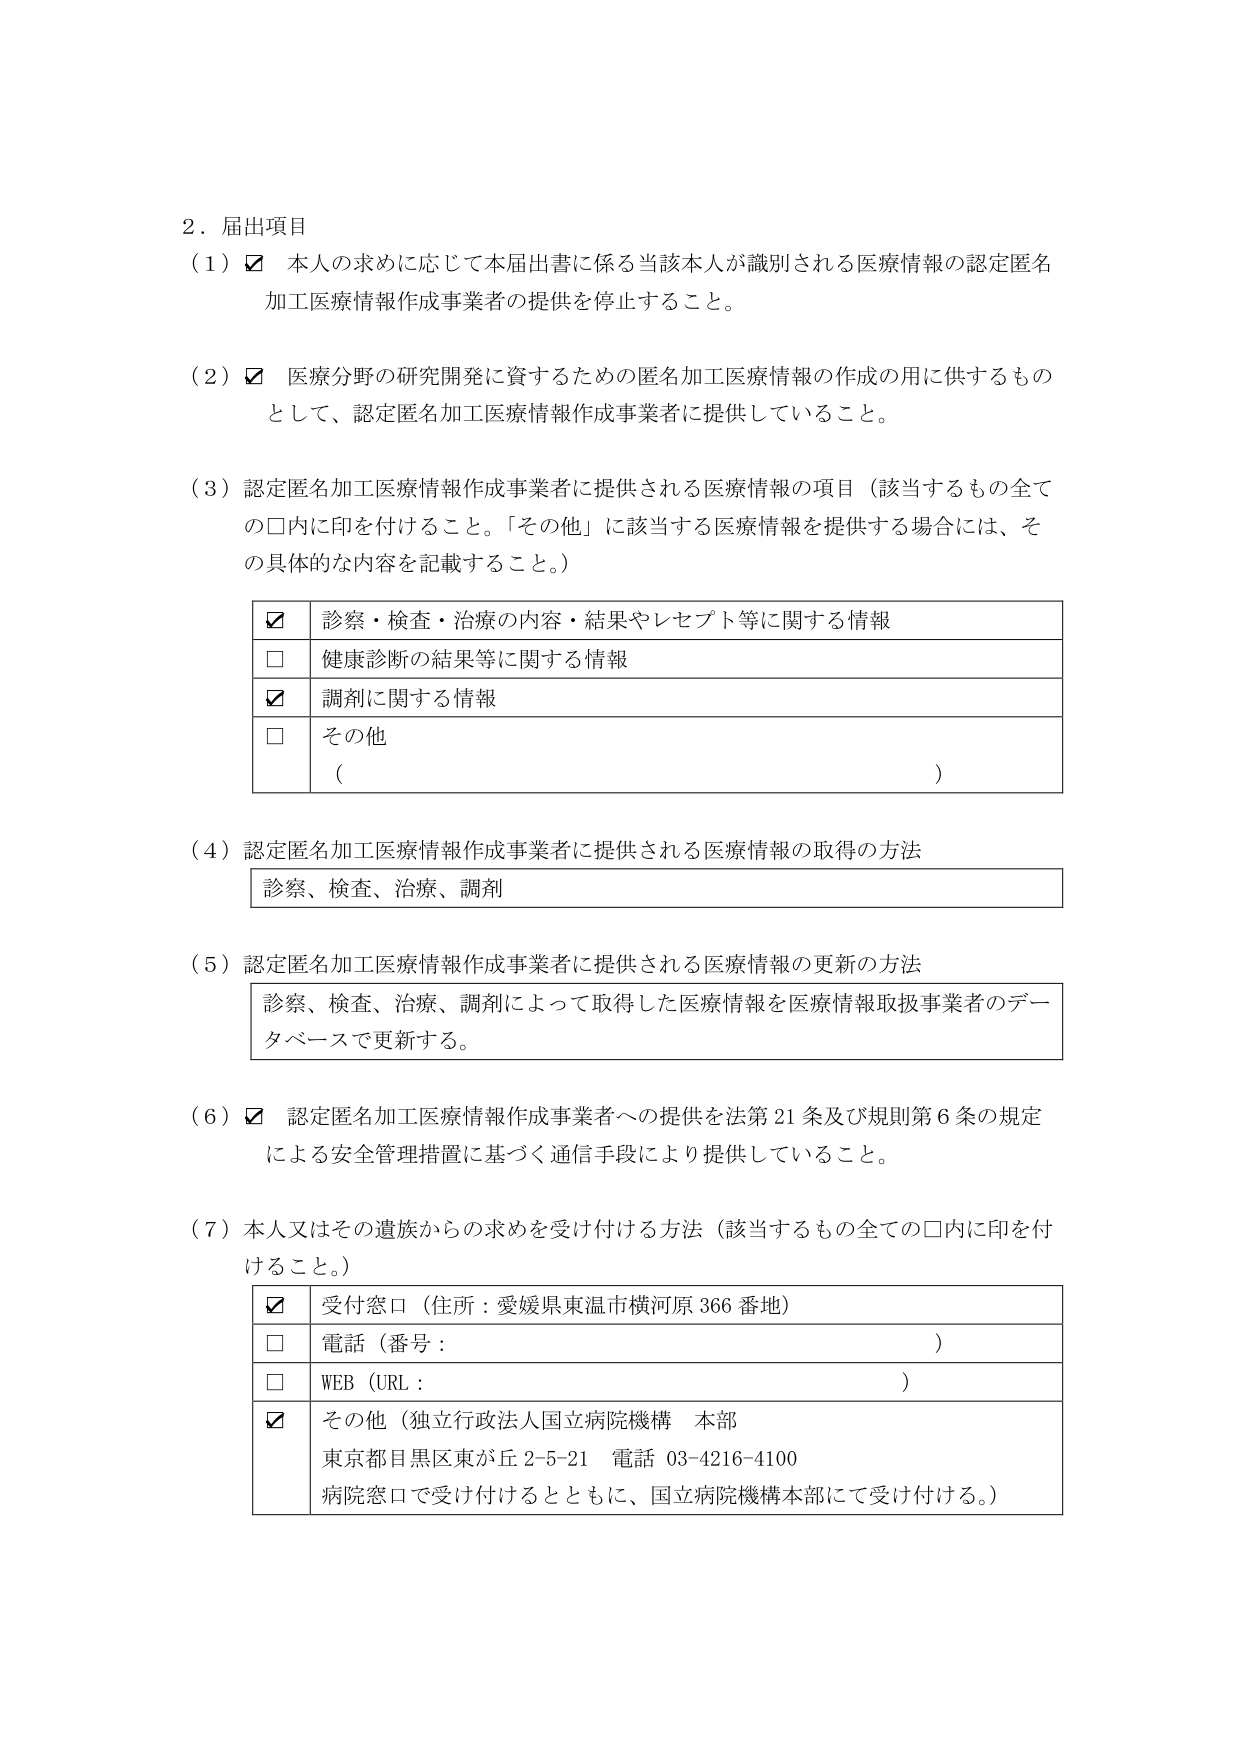
2．届出項目
（1）☑ 本人の求めに応じて本届出書に係る当該本人が識別される医療情報の認定匿名加工医療情報作成事業者の提供を停止すること。

（2）☑ 医療分野の研究開発に資するための匿名加工医療情報の作成の用に供するものとして、認定匿名加工医療情報作成事業者に提供していること。

（3）認定匿名加工医療情報作成事業者に提供される医療情報の項目（該当するもの全ての□内に印を付けること。「その他」に該当する医療情報を提供する場合には、その具体的な内容を記載すること。）
　　☑ 診察・検査・治療の内容・結果やレセプト等に関する情報
　　□ 健康診断の結果等に関する情報
　　☑ 調剤に関する情報
　　□ その他
　　　（　　　　　　　　　　　　　　　　　　　　　　　　　　　　　　　　　　　）

（4）認定匿名加工医療情報作成事業者に提供される医療情報の取得の方法
　　診察、検査、治療、調剤

（5）認定匿名加工医療情報作成事業者に提供される医療情報の更新の方法
　　診察、検査、治療、調剤によって取得した医療情報を医療情報取扱事業者のデータベースで更新する。

（6）☑ 認定匿名加工医療情報作成事業者への提供を法第21条及び規則第6条の規定による安全管理措置に基づく通信手段により提供していること。

（7）本人又はその遺族からの求めを受け付ける方法（該当するもの全ての□内に印を付けること。）
　　☑ 受付窓口（住所：愛媛県東温市横河原366番地）
　　□ 電話（番号：　　　　　　　　　　　　　　　　　　　　　　　　　　　　）
　　□ WEB（URL：　　　　　　　　　　　　　　　　　　　　　　　　　　　　　）
　　☑ その他（独立行政法人国立病院機構 本部
　　　　　東京都目黒区東が丘2-5-21 電話 03-4216-4100
　　　　　病院窓口で受け付けるとともに、国立病院機構本部にて受け付ける。）